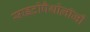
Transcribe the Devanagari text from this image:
साइटोपैथोलॉजी